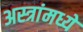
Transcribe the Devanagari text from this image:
अस्त्रांमध्ये